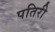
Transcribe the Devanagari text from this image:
पतिरी